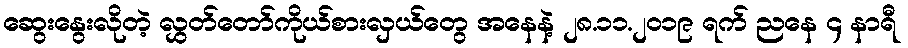
ဆွေးနွေးလိုတဲ့ လွှတ်တော်ကိုယ်စားလှယ်တွေ အနေနဲ့ ၂၈.၁၁.၂၀၁၉ ရက် ညနေ ၄ နာရီ